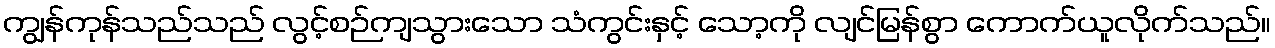
ကျွန်ကုန်သည်သည် လွင့်စဉ်ကျသွားသော သံကွင်းနှင့် သော့ကို လျင်မြန်စွာ ကောက်ယူလိုက်သည်။